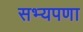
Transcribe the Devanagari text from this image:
सभ्यपणा